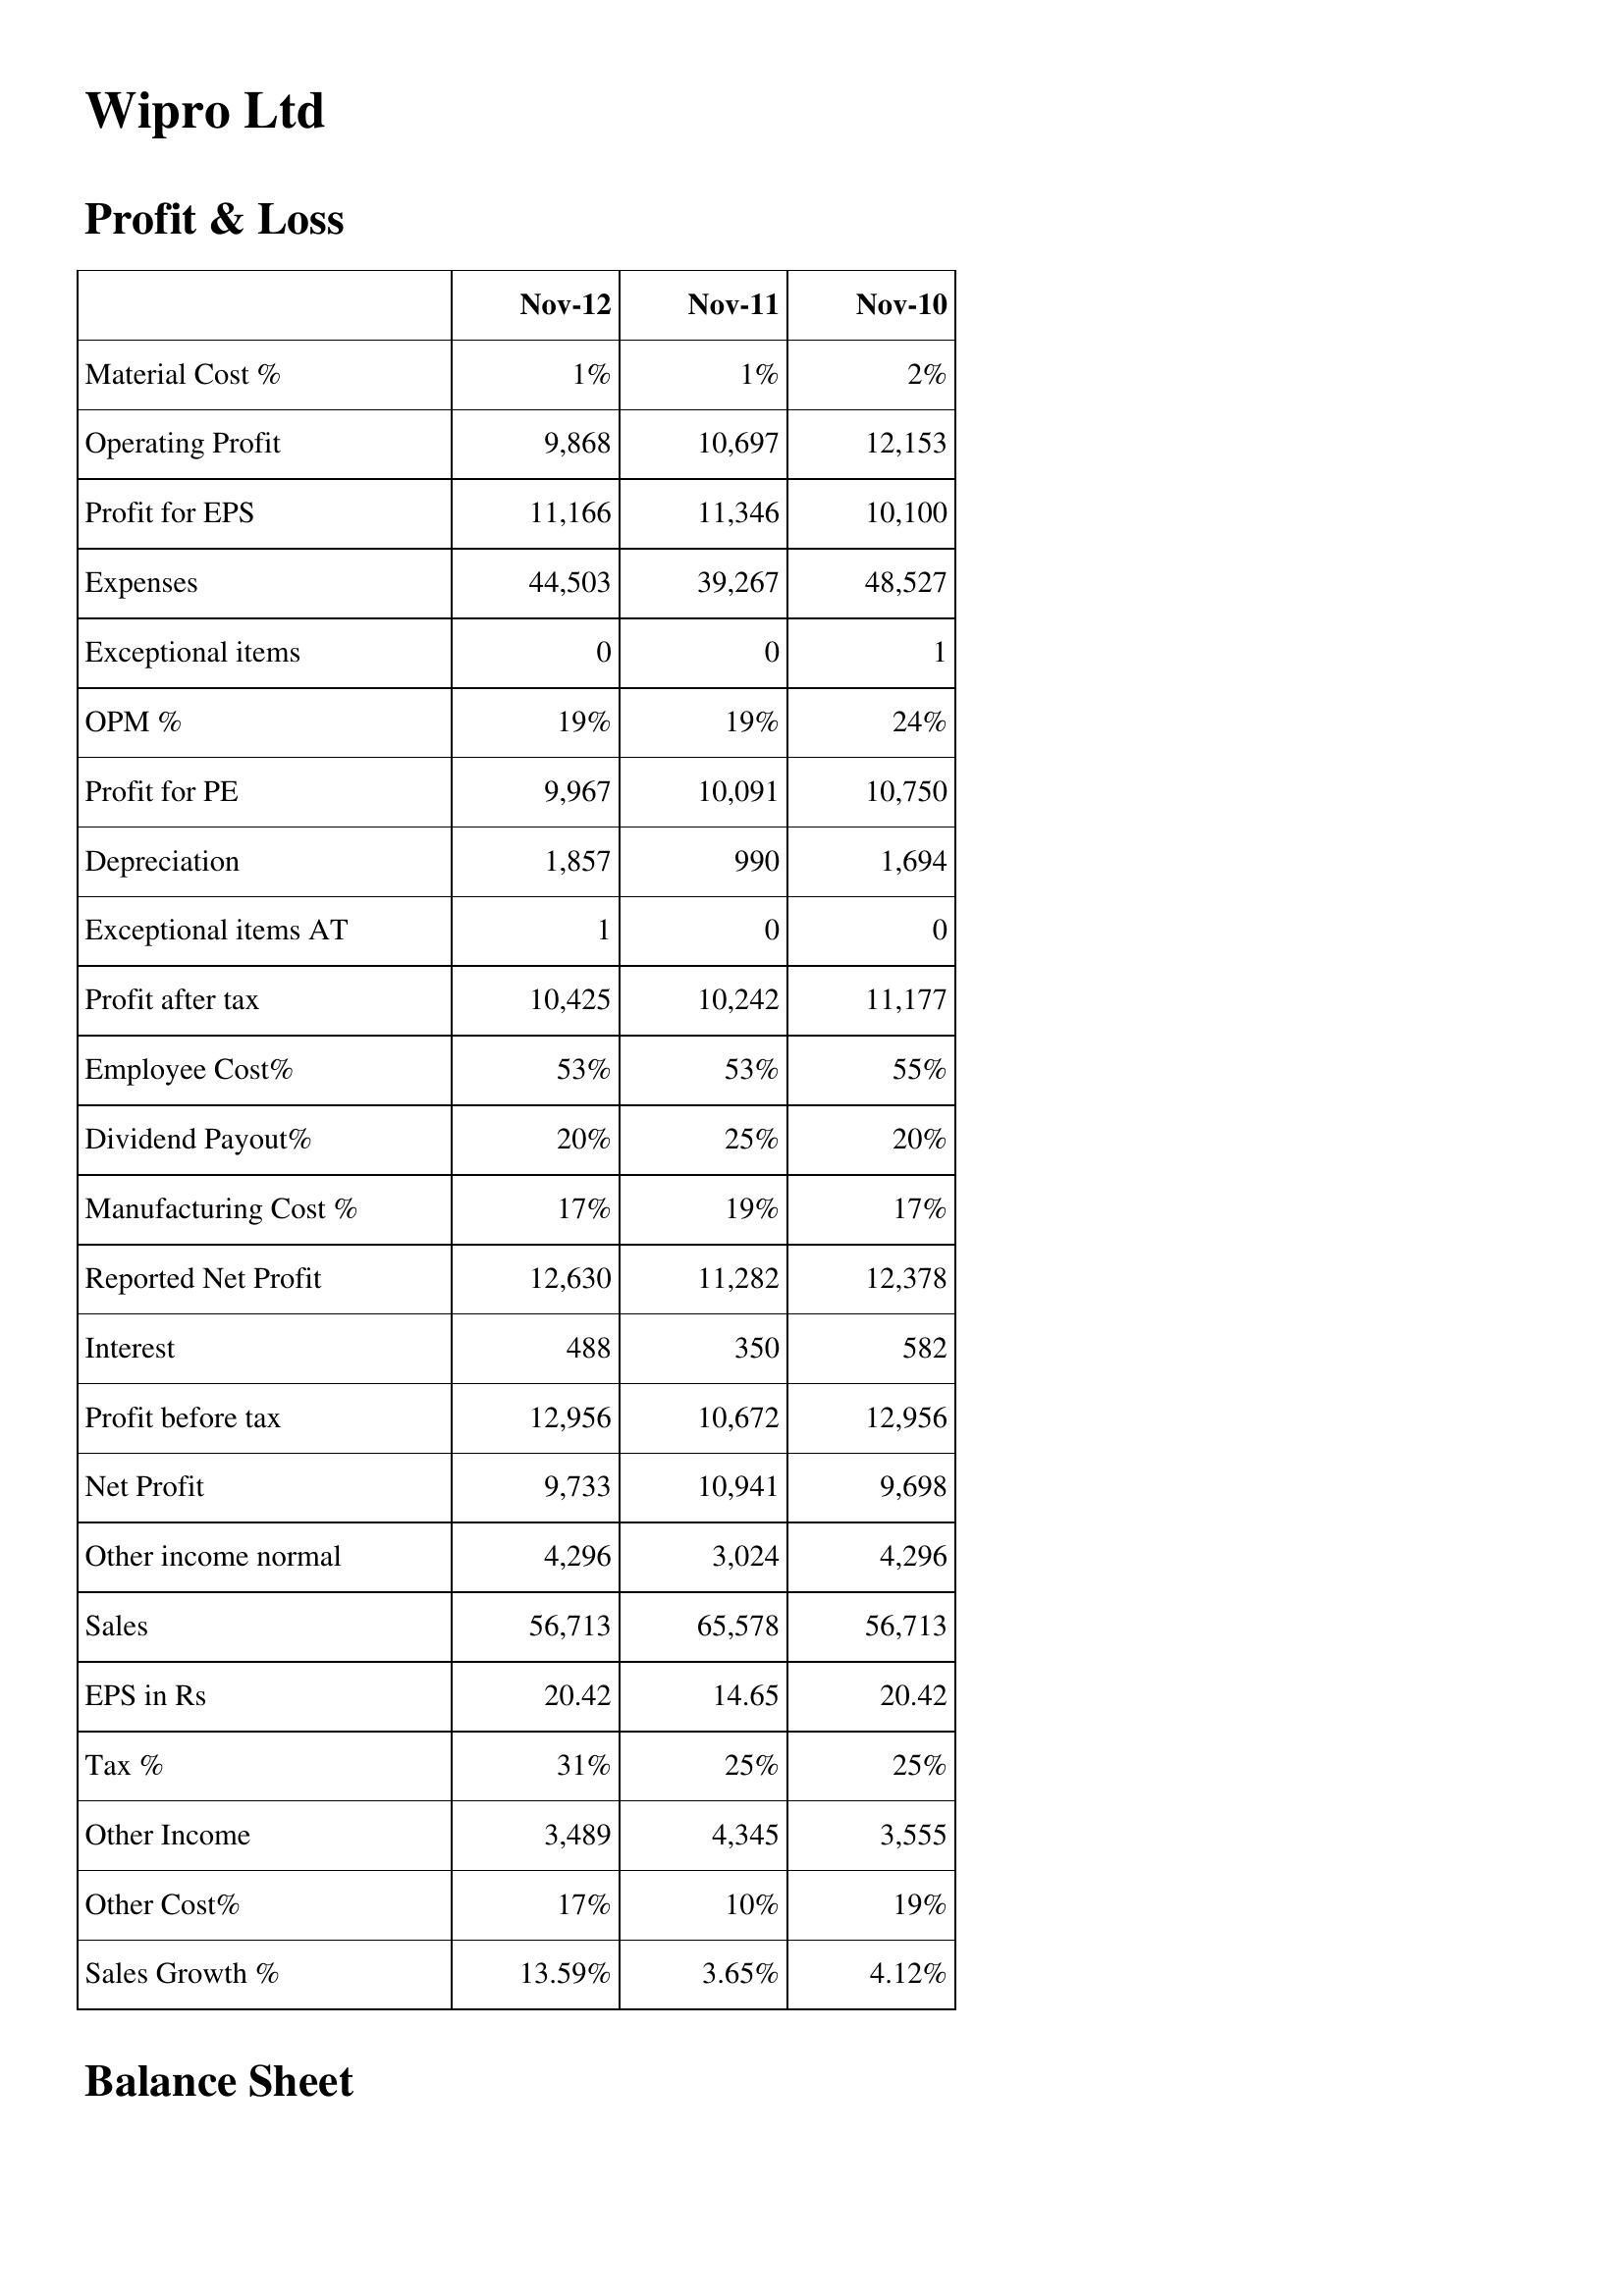
Nov-12: Profit & Loss: Material Cost %: 1%
Operating Profit: 9,868
Profit for EPS: 11,166
Expenses: 44,503
Exceptional items: 0
OPM %: 19%
Profit for PE: 9,967
Depreciation: 1,857
Exceptional items AT: 1
Profit after tax: 10,425
Employee Cost%: 53%
Dividend Payout%: 20%
Manufacturing Cost %: 17%
Reported Net Profit: 12,630
Interest: 488
Profit before tax: 12,956
Net Profit: 9,733
Other income normal: 4,296
Sales: 56,713
EPS in Rs: 20.42
Tax %: 31%
Other Income: 3,489
Other Cost%: 17%
Sales Growth %: 13.59%
Nov-11: Profit & Loss: Material Cost %: 1%
Operating Profit: 10,697
Profit for EPS: 11,346
Expenses: 39,267
Exceptional items: 0
OPM %: 19%
Profit for PE: 10,091
Depreciation: 990
Exceptional items AT: 0
Profit after tax: 10,242
Employee Cost%: 53%
Dividend Payout%: 25%
Manufacturing Cost %: 19%
Reported Net Profit: 11,282
Interest: 350
Profit before tax: 10,672
Net Profit: 10,941
Other income normal: 3,024
Sales: 65,578
EPS in Rs: 14.65
Tax %: 25%
Other Income: 4,345
Other Cost%: 10%
Sales Growth %: 3.65%
Nov-10: Profit & Loss: Material Cost %: 2%
Operating Profit: 12,153
Profit for EPS: 10,100
Expenses: 48,527
Exceptional items: 1
OPM %: 24%
Profit for PE: 10,750
Depreciation: 1,694
Exceptional items AT: 0
Profit after tax: 11,177
Employee Cost%: 55%
Dividend Payout%: 20%
Manufacturing Cost %: 17%
Reported Net Profit: 12,378
Interest: 582
Profit before tax: 12,956
Net Profit: 9,698
Other income normal: 4,296
Sales: 56,713
EPS in Rs: 20.42
Tax %: 25%
Other Income: 3,555
Other Cost%: 19%
Sales Growth %: 4.12%